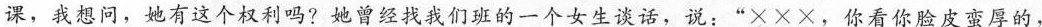
课，我想问，她有这个权利吗?她曾经找我们班的一个女生谈话，说：”×××，你看你脸皮蛮厚的，